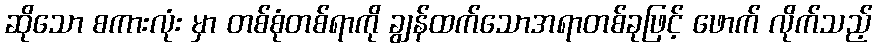
ဆိုသော စကားလုံး မှာ တစ်စုံတစ်ရာကို ချွန်ထက်သောအရာတစ်ခုဖြင့် ဖောက် လိုက်သည့်